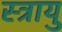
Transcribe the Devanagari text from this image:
स्त्रायु